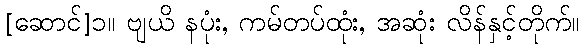
[ဆောင်]၁။ ဗျယိ နပုံး, ကမ်တပ်ထုံး, အဆုံး လိန်နှင့်တိုက်။